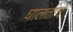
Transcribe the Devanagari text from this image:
घालताच